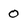
Character: 0